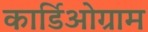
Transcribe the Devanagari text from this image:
कार्डिओग्राम